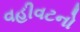
વહીવટનો